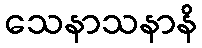
သေနာသနာနိ